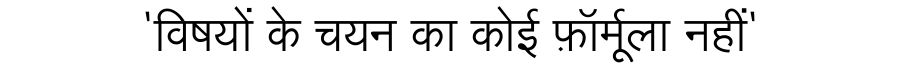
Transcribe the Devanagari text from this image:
'विषयों के चयन का कोई फ़ॉर्मूला नहीं'